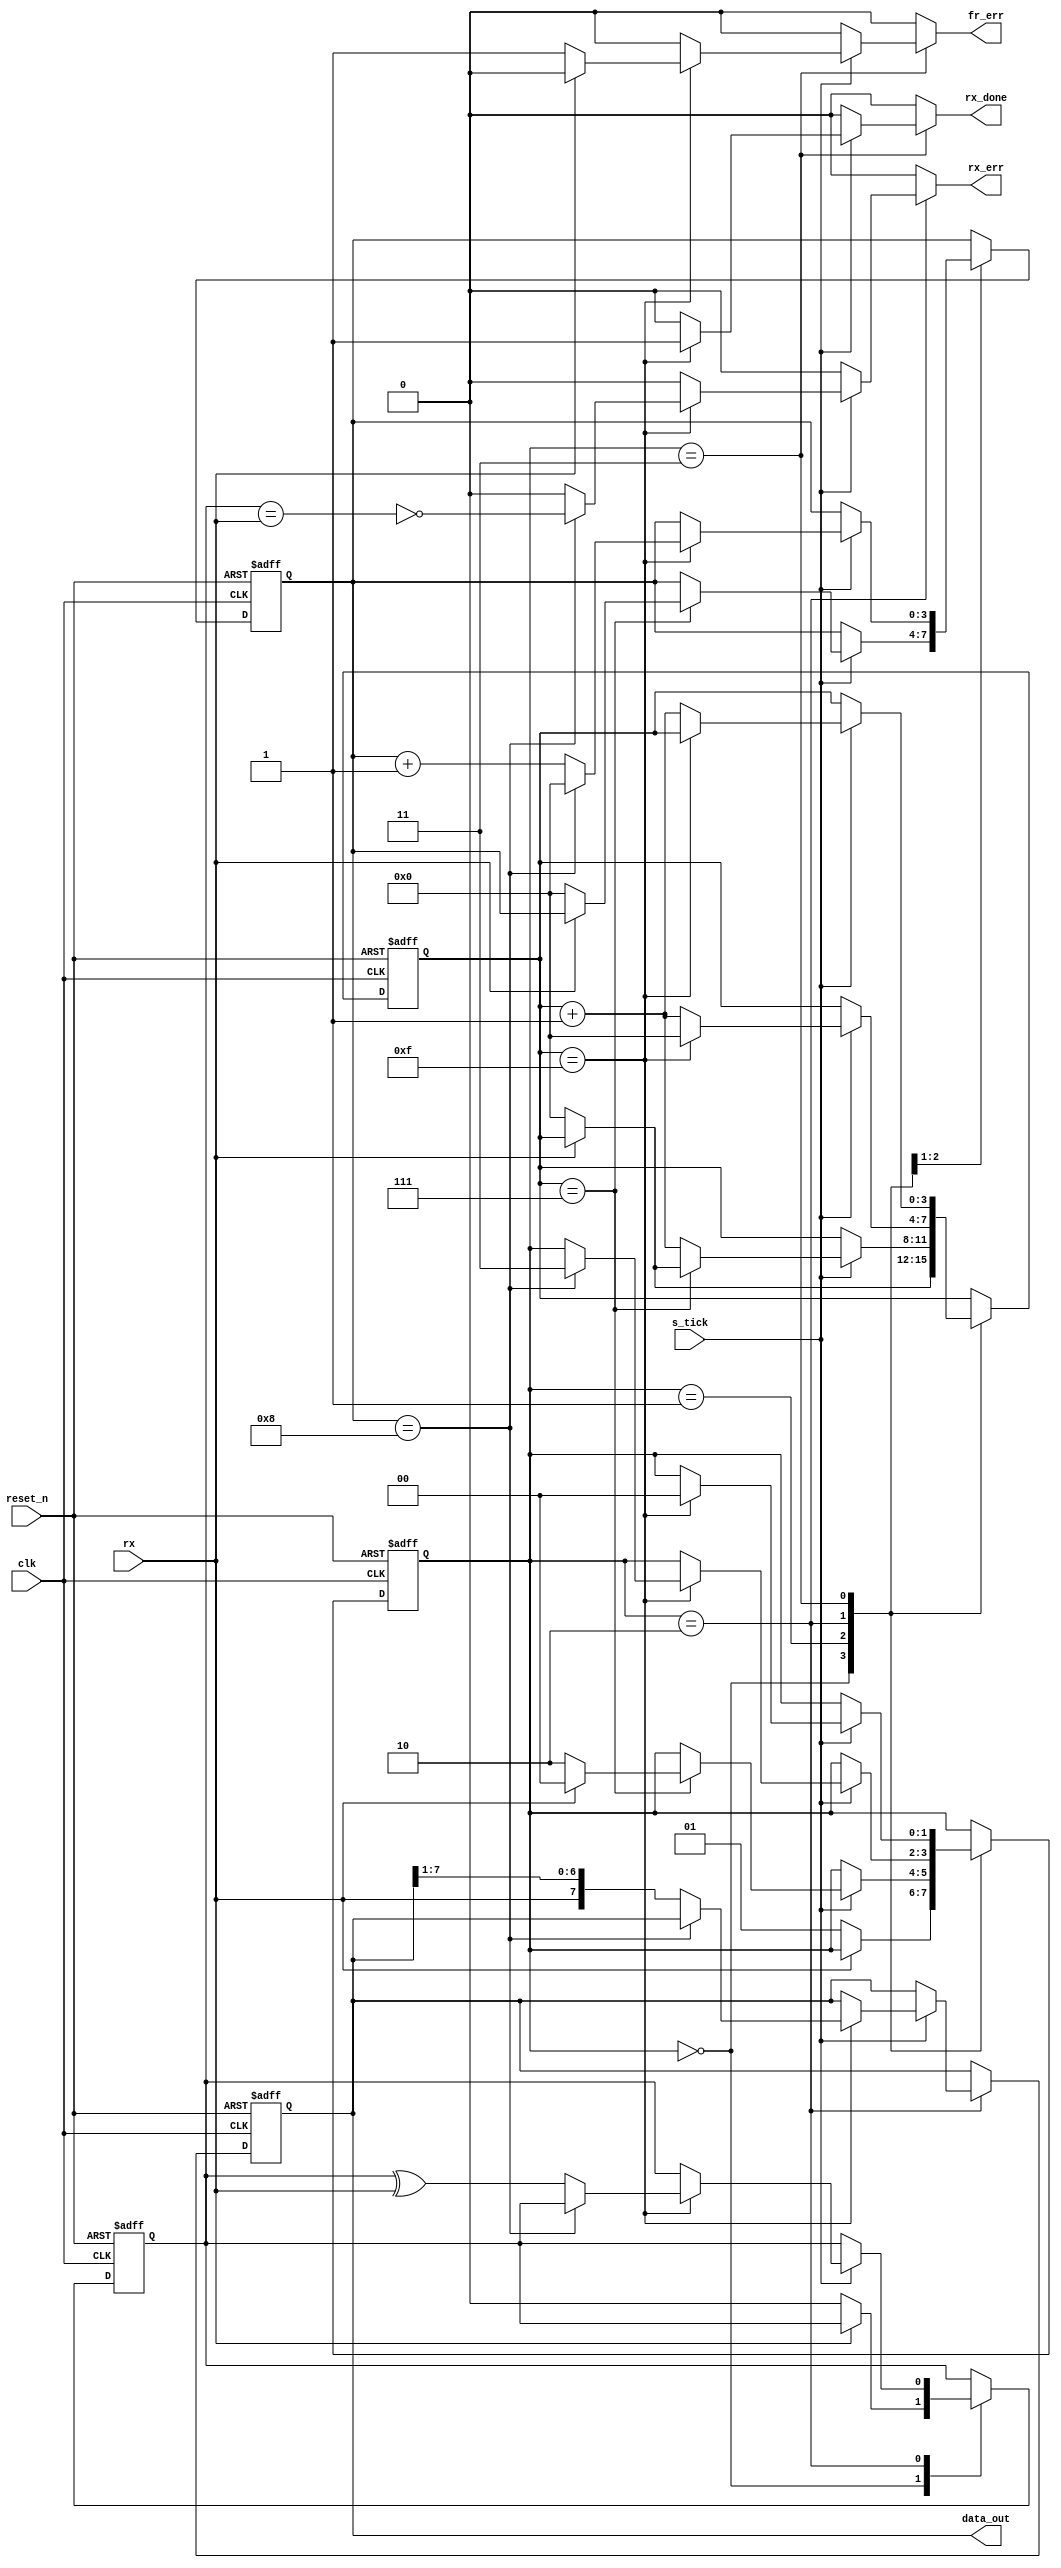
`timescale 1ns / 1ps
//////////////////////////////////////////////////////////////////////////////////
// Company: 
// Engineer: 
// 
// Design Name: 
// Module Name: rx
// Project Name: 
// Target Devices: 
// Tool Versions: 
// Description: 
// 
// Dependencies: 
// 
// Revision:
// Revision 0.01 - File Created
// Additional Comments:
// 
//////////////////////////////////////////////////////////////////////////////////


module rx#(parameter D_bits=9 ,
    parameter sb_tick =16
)(          input clk,  reset_n,
            input rx,
            input s_tick,
            output[D_bits-2:0] data_out,
            output reg rx_done,
            output reg rx_err,// parity error
            output reg fr_err//framing error

    );
    
    localparam  idle = 0, start = 1,
                    data = 2, stop = 3;
  reg [7:0] b_reg, b_next;   // the register of the data shifted in    without the parity                               
 reg [1:0] state_reg, state_next; // the track of state
 reg [3 :0] n_reg, n_next;// number of bits shifted in+ parity bit 
 reg [3:0] s_reg, s_next;   //baud rate 
 reg parity_reg,parity_next;// generated parity inside rx
 
 
 
 // states reg 
 always@(posedge clk, negedge reset_n)begin 
        if (~reset_n)
         begin
             state_reg <= idle;
             s_reg <= 0;
             n_reg <= 0;
             b_reg <= 0;
             parity_reg <=0;

         end
        else  begin
                 state_reg <= state_next;
                 s_reg <= s_next;
                 n_reg <= n_next;
                 b_reg <= b_next;
                 parity_reg <=parity_next;
              end
    end
    
    // next logic
    always@(*) begin
     state_next <= state_reg;
     parity_next <= parity_reg;
           s_next <= s_reg;
           n_next <= n_reg;
           b_next <= b_reg;
           rx_done <= 1'b0; 
           fr_err <= 1'b0;
           rx_err <= 1'b0;
         
     case(state_reg)
        idle:    
          if(~rx) begin
        
            state_next <= start;
            parity_next<=0;
             s_next<=0;
                    end
            else      state_next <= state_reg;    
          
        start:
          if(s_tick) 
            if(s_reg==7) 
            if(~rx) begin
               s_next <=0;
               n_next<=0;
               state_next <= data;
               end
            else   state_next <= idle;
            else s_next <=s_reg+1;
            else  state_next <= state_reg;
        data:    
          if(s_tick) begin    
            if(s_reg==15) begin 
             if(n_reg==D_bits-1)
              begin
                rx_err <= ~(parity_reg== rx);
                 n_next<=0;
                 s_next<=0;
                 state_next <=stop;
                    end
             else begin    s_next<=0;
                 b_next <= {rx,b_reg[D_bits-2:1]};//shifting right  
                 parity_next <= parity_reg ^ rx;  
                  n_next <=n_reg+1;  end//else for n_reg != d_bits            
             end
            else s_next <=s_reg+1;//else for s_reg=!15
              end 
              else  state_next <= state_reg;
        stop:
            if(s_tick)
              if(s_reg == sb_tick-1)
               begin
              if(~rx) fr_err <= 1'b1;
              else  fr_err <= 1'b0;
              state_next <= idle;
              rx_done <= 1'b1;
              
               end
             
               else  s_next <= s_reg+1;
               else state_next <= state_reg;
             default:
                           state_next <= idle;
       endcase   
      end
    
    assign data_out= b_reg;
    
    
endmodule